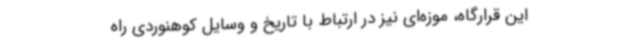
این قرارگاه، موزه‌ای نیز در ارتباط با تاریخ و وسایل کوهنوردی راه